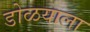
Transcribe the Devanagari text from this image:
डोळयाला